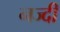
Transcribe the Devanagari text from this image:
नज्दी